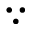
\because